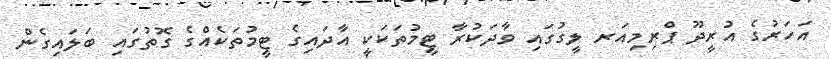
އަހަރުގެ އުރީދޫ ޕްރިމިއަރ ލީގުގައި ވާދަކުރާ ޓީމުތަކަކީ އާދައިގެ ޓީމުތަކެއްގެ ގޮތުގައި ބަލައިގެން